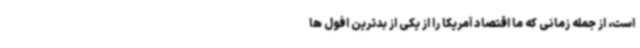
است، از جمله زمانی که ما اقتصاد آمریکا را از یکی از بدترین افول ها